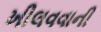
ખીલવવાની